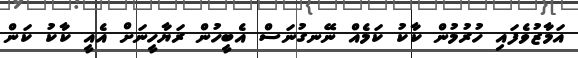
އަމާޒުވެފައި ހުރުމުން ކާކު ކަމެއް ނޭނގުނަސް އެބީހުން ރަޔާހީނަށް އެއީ ކާކު ކަން